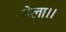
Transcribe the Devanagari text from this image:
गेला।।